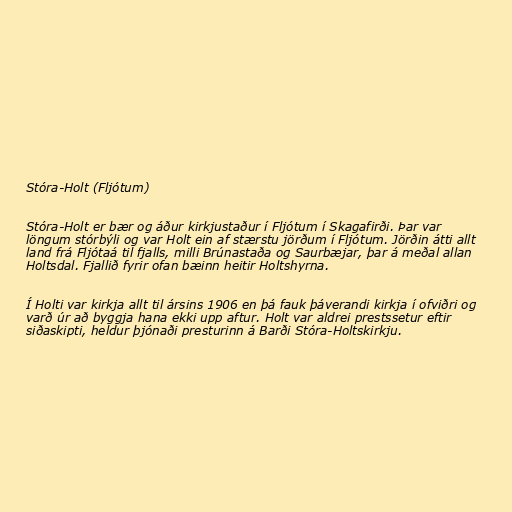
Stóra-Holt (Fljótum)

Stóra-Holt er bær og áður kirkjustaður í Fljótum í Skagafirði. Þar var
löngum stórbýli og var Holt ein af stærstu jörðum í Fljótum. Jörðin átti allt
land frá Fljótaá til fjalls, milli Brúnastaða og Saurbæjar, þar á meðal allan
Holtsdal. Fjallið fyrir ofan bæinn heitir Holtshyrna.

Í Holti var kirkja allt til ársins 1906 en þá fauk þáverandi kirkja í ofviðri og
varð úr að byggja hana ekki upp aftur. Holt var aldrei prestssetur eftir
siðaskipti, heldur þjónaði presturinn á Barði Stóra-Holtskirkju.